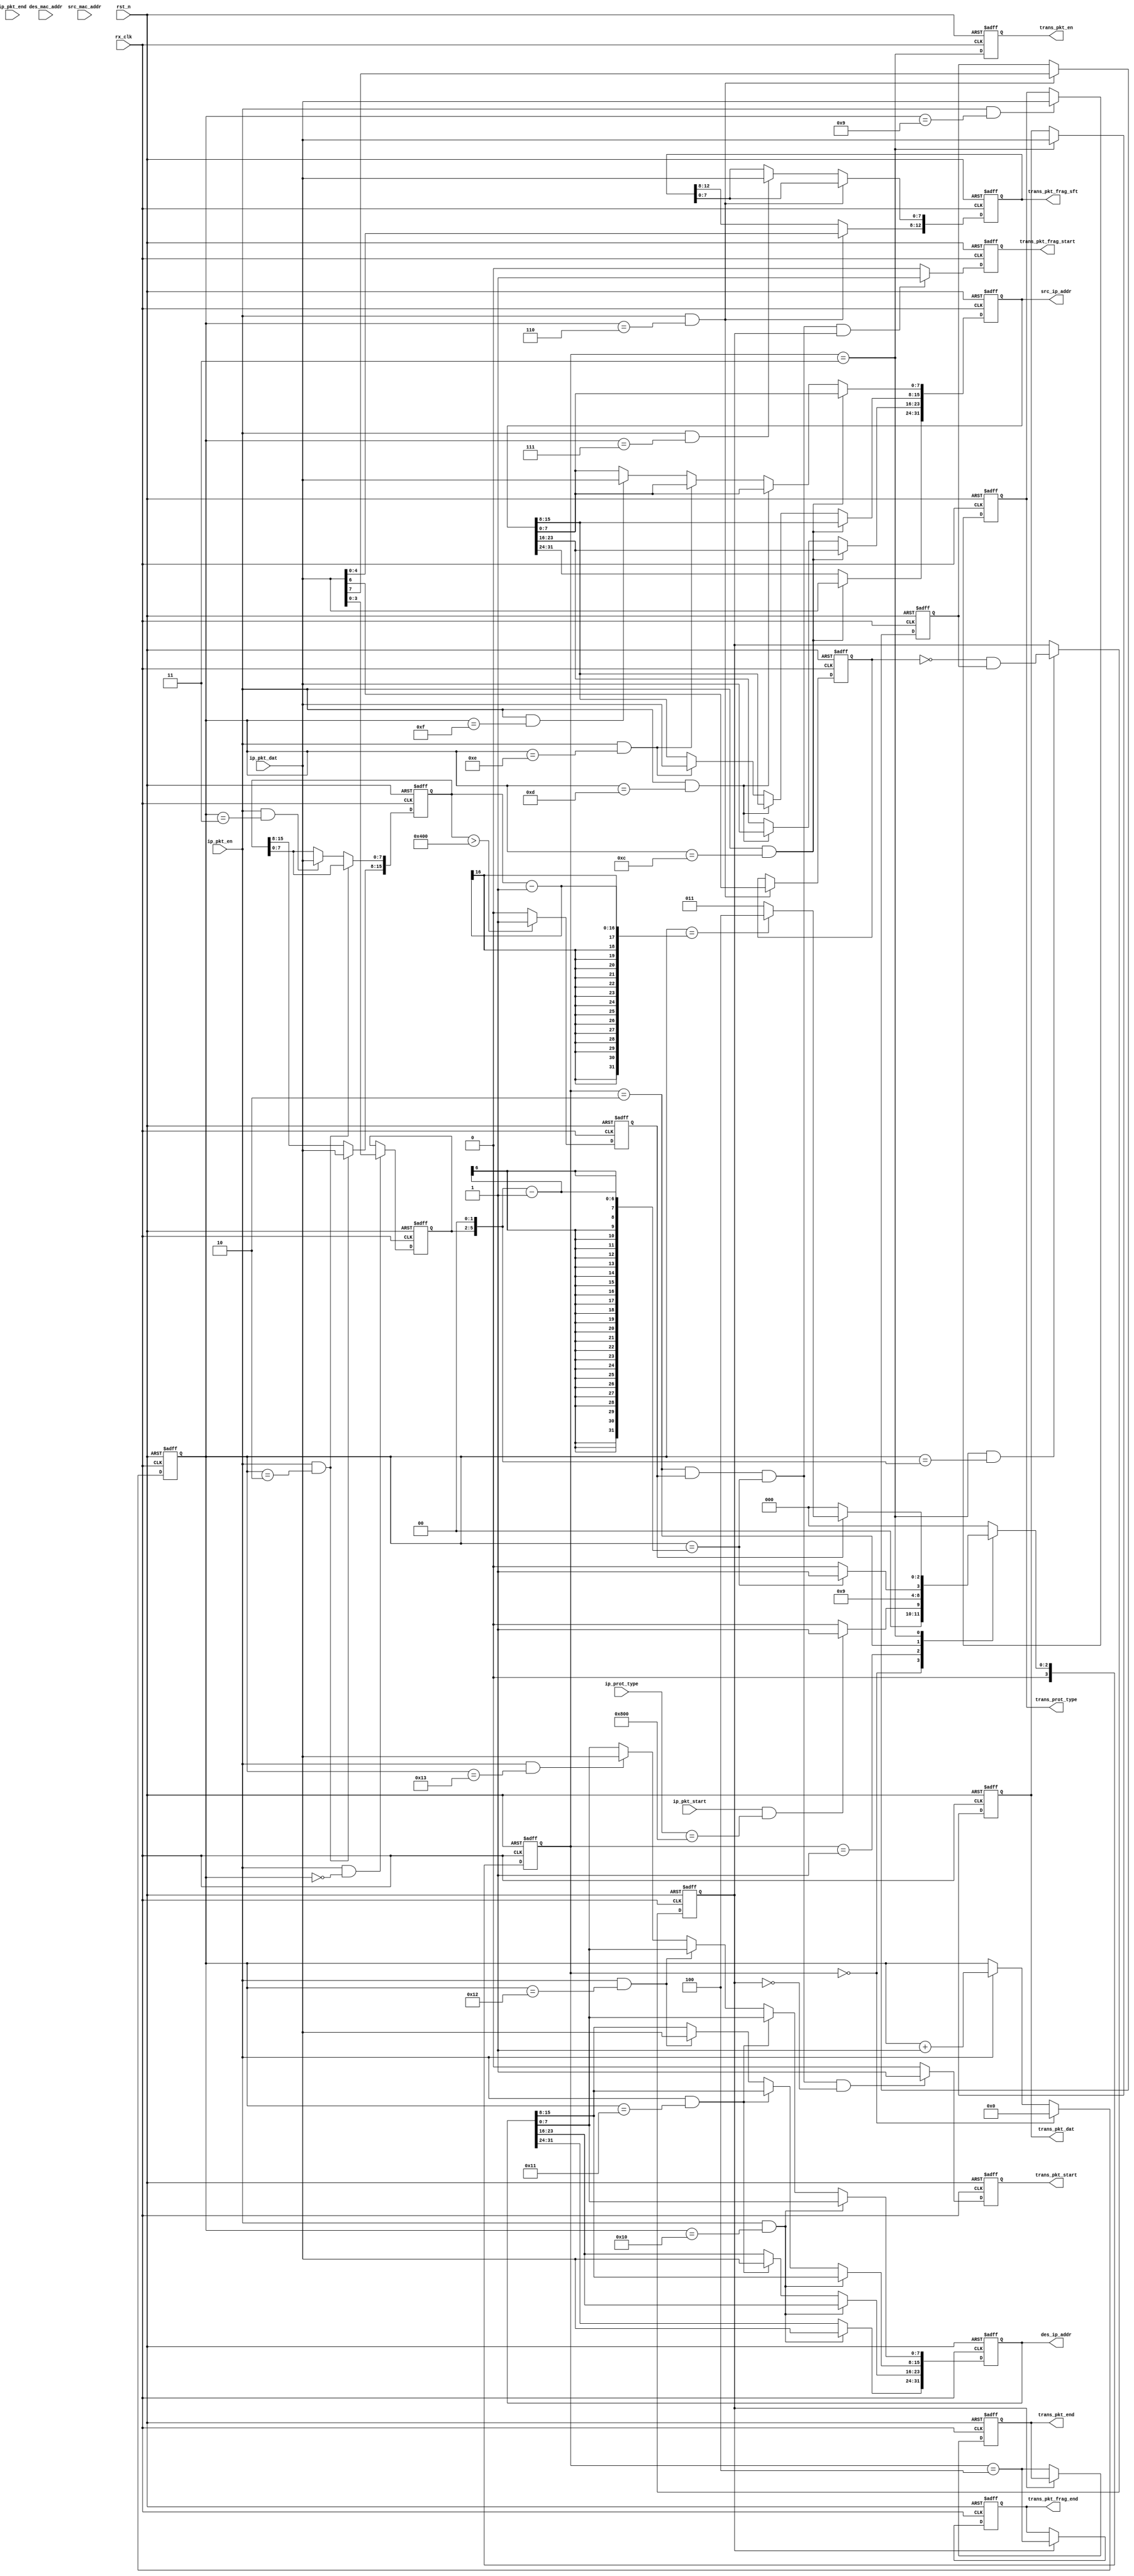
//
//unpack ip pkt and merge fragment
//
module ip_unpack
  (
   input wire 	     rx_clk, //125Mhz
   input wire 	     rst_n,

   //from mac
   input wire 	     ip_pkt_start,
   input wire 	     ip_pkt_en,
   input wire [7:0]  ip_pkt_dat,
   input wire 	     ip_pkt_end,

   input wire [47:0] des_mac_addr,
   input wire [47:0] src_mac_addr,
   input wire [15:0] ip_prot_type,

   //to tcp/udp
   output reg [31:0] src_ip_addr,
   output reg [31:0] des_ip_addr,
   output reg [7:0]  trans_prot_type, //tcp, dup, etc.
   
   output reg 	     trans_pkt_start,
   output reg 	     trans_pkt_frag_start,
   output reg [12:0] trans_pkt_frag_sft,
   output reg 	     trans_pkt_en,
   output reg [7:0]  trans_pkt_dat,
   output reg 	     trans_pkt_frag_end,
   output reg 	     trans_pkt_end
   
   );

  reg 		     ipv4;
  reg [3:0] 	     head_len;
  reg [15:0] 	     ip_pkt_len;

  reg [15:0] 	     mark;
  reg 		     mf; //more fragment
  reg 		     df; //dont fragment
  
  reg [7:0] 	     time_of_life;
  
  reg [3:0] 	     pkt_cs;
  reg [3:0] 	     pkt_ns;

  reg [11:0] 	     byte_cnt;
  reg 		     frag_sync;
  reg            is_bmp_pkt;
	 
  parameter IDLE  = 4'd0;
  parameter START = 4'd1;
  parameter HEAD  = 4'd2;
  parameter DATA  = 4'd3;
  parameter DONE  = 4'd4;

  wire 		     st_idle;
  wire 		     st_start;
  wire 		     st_head;
  wire 		     st_data;
  wire 		     st_done;
  
  always@(posedge rx_clk, negedge rst_n)
    if(!rst_n)
      pkt_cs <= IDLE;
    else
      pkt_cs <= pkt_ns;

  always@(*)
    case(pkt_cs)
      IDLE:
	if(ip_pkt_start && ip_prot_type == 16'h0800)
	  pkt_ns = START;
	else
	  pkt_ns = IDLE;
      START:
	pkt_ns = HEAD;
      HEAD:
	if(byte_cnt == ((head_len << 2) - 1))
	  pkt_ns = DATA;
	else
	  pkt_ns = HEAD;
      DATA:
        if(!is_bmp_pkt)pkt_ns = IDLE;
	else if(byte_cnt == ip_pkt_len - 1)
	  pkt_ns = DONE;
	else
	  pkt_ns = DATA;
      DONE:
	pkt_ns = IDLE;
      default:
	pkt_ns = IDLE;
    endcase

  assign st_idle  = (pkt_cs == IDLE ); 
  assign st_start = (pkt_cs == START); 
  assign st_head  = (pkt_cs == HEAD ); 
  assign st_data  = (pkt_cs == DATA ); 
  assign st_done  = (pkt_cs == DONE ); 

  always@(posedge rx_clk, negedge rst_n)
    if(!rst_n)
      byte_cnt <= 11'd0;
    else if(st_idle)
      byte_cnt <= 11'd0;
    else if(ip_pkt_en)
      byte_cnt <= byte_cnt + 1'b1;

  always@(posedge rx_clk, negedge rst_n)
    if(!rst_n)
      begin
	ipv4 <= 1'b0;
	head_len <= 4'd0;
      end
    else if(ip_pkt_en && byte_cnt == 11'd0)
      begin
	if(ip_pkt_dat[7:4] == 8'h4)ipv4 <= 1'b1;
	else ipv4 <= 1'b0;
	head_len <= ip_pkt_dat[3:0];
      end

  always@(posedge rx_clk, negedge rst_n)
    if(!rst_n)
      ip_pkt_len <= 16'b0;
    else if(ip_pkt_en && byte_cnt == 11'd2)
      ip_pkt_len[15:8] <= ip_pkt_dat;
    else if(ip_pkt_en && byte_cnt == 11'd3)
      ip_pkt_len[7:0] <= ip_pkt_dat;


  always@(posedge rx_clk, negedge rst_n)
    if(!rst_n)
	   is_bmp_pkt <= 1'b0;
	 else if(ip_pkt_len > 1024)
	   is_bmp_pkt <= 1'b1;
	 else 
	   is_bmp_pkt <= 1'b0;

  always@(posedge rx_clk, negedge rst_n)
    if(!rst_n)
      mark <= 16'b0;
    else if(ip_pkt_en && byte_cnt == 11'd4)
      mark[15:8] <= ip_pkt_dat;
    else if(ip_pkt_en && byte_cnt == 11'd5)
      mark[7:0] <= ip_pkt_dat;

  always@(posedge rx_clk, negedge rst_n)
    if(!rst_n)
      begin
	mf <= 1'b0;
	df <= 1'b0;
      end
    else if(ip_pkt_en && byte_cnt == 11'd6)
      begin
	mf <= ip_pkt_dat[7];
	df <= ip_pkt_dat[6];
      end

  always@(posedge rx_clk, negedge rst_n)
    if(!rst_n)  
      trans_pkt_frag_sft <= 13'b0;
    else if(ip_pkt_en && byte_cnt == 11'd6)
      trans_pkt_frag_sft[12:8] <= ip_pkt_dat[4:0];
    else if(ip_pkt_en && byte_cnt == 11'd7)
      trans_pkt_frag_sft[7:0] <= ip_pkt_dat;

  always@(posedge rx_clk, negedge rst_n)
    if(!rst_n)   
      time_of_life <= 8'b0;
    else if(ip_pkt_en && byte_cnt == 11'd8)
      time_of_life <= ip_pkt_dat;

  always@(posedge rx_clk, negedge rst_n)
    if(!rst_n)     
      trans_prot_type <= 8'b0;
    else if(ip_pkt_en && byte_cnt == 11'd9)
      trans_prot_type <= ip_pkt_dat;

  always@(posedge rx_clk, negedge rst_n)
    if(!rst_n)
      src_ip_addr <= 32'b0;
    else if(ip_pkt_en && byte_cnt == 11'd12)
      src_ip_addr[31:24] <= ip_pkt_dat;
    else if(ip_pkt_en && byte_cnt == 11'd13)
      src_ip_addr[23:16] <= ip_pkt_dat;
    else if(ip_pkt_en && byte_cnt == 11'd14)
      src_ip_addr[15:8] <= ip_pkt_dat;
    else if(ip_pkt_en && byte_cnt == 11'd15)
      src_ip_addr[7:0] <= ip_pkt_dat;

  always@(posedge rx_clk, negedge rst_n)
    if(!rst_n)
      des_ip_addr <= 32'b0;
    else if(ip_pkt_en && byte_cnt == 11'd16)
      des_ip_addr[31:24] <= ip_pkt_dat;
    else if(ip_pkt_en && byte_cnt == 11'd17)
      des_ip_addr[23:16] <= ip_pkt_dat;
    else if(ip_pkt_en && byte_cnt == 11'd18)
      des_ip_addr[15:8] <= ip_pkt_dat;
    else if(ip_pkt_en && byte_cnt == 11'd19)
      des_ip_addr[7:0] <= ip_pkt_dat;

  always@(posedge rx_clk, negedge rst_n)
    if(!rst_n)
      frag_sync <= 1'b0;
    else if(st_data && byte_cnt == (head_len << 2))
      frag_sync <= (~df & mf);
  
  always@(posedge rx_clk, negedge rst_n)
    if(!rst_n)
      begin
	trans_pkt_start <= 1'b0;
	trans_pkt_frag_start <= 1'b0;
	trans_pkt_en <= 1'b0;
	trans_pkt_dat <= 8'b0;
	trans_pkt_frag_end <= 1'b0;
	trans_pkt_end <= 1'b0;
      end
    else
      begin
	if(st_head && is_bmp_pkt && byte_cnt == ((head_len << 2) - 1) && ~frag_sync)
	  trans_pkt_start <= 1'b1;
	else
	  trans_pkt_start <= 1'b0;

	if(st_head && is_bmp_pkt && byte_cnt == ((head_len << 2) - 1) && frag_sync)
	  trans_pkt_frag_start <= 1'b1;
	else
	  trans_pkt_frag_start <= 1'b0;
	
	trans_pkt_en <= st_data;
	if(st_data)trans_pkt_dat <= ip_pkt_dat;
	if(frag_sync)trans_pkt_frag_end <= st_done;
	else trans_pkt_end <= st_done;
      end
  
endmodule // ip_unpack